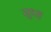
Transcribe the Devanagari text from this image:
सुध्ह